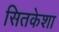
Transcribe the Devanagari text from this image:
सितकेशा